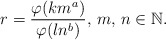
\begin{align*}r=\frac{\varphi(km^a)}{\varphi(ln^b)},\, m, \, n\in\mathbb{N}.\end{align*}